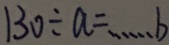
1 3 0 \div a = \cdots b